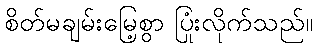
စိတ်မချမ်းမြေ့စွာ ပြုံးလိုက်သည်။